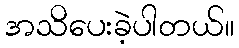
အသိပေးခဲ့ပါတယ်။